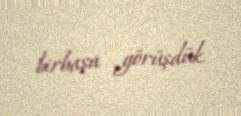
birbaşa görüşdük.